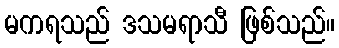
မကရသည် ဒသမရာသီ ဖြစ်သည်။